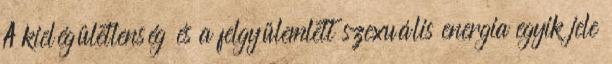
A kielégületlenség és a felgyülemlett szexuális energia egyik jele